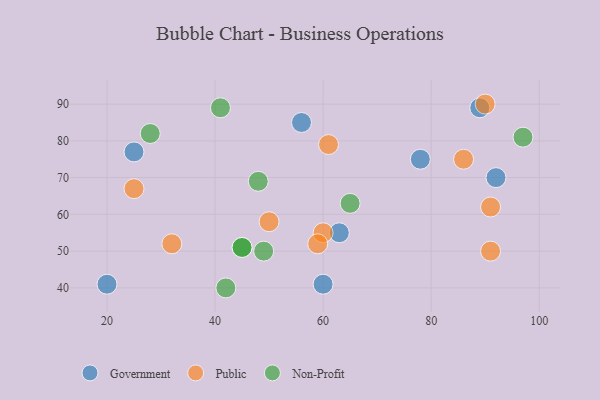
{"axis": {"x": "GDP", "y": "Life Expectancy"}, "legend": ["Government", "Non-Profit", "Public"], "data": [{"x": "63", "y": 55, "type": "Government"}, {"x": "20", "y": 41, "type": "Government"}, {"x": "56", "y": 85, "type": "Government"}, {"x": "92", "y": 70, "type": "Government"}, {"x": "60", "y": 41, "type": "Government"}, {"x": "25", "y": 77, "type": "Government"}, {"x": "78", "y": 75, "type": "Government"}, {"x": "89", "y": 89, "type": "Government"}, {"x": "91", "y": 62, "type": "Public"}, {"x": "50", "y": 58, "type": "Public"}, {"x": "61", "y": 79, "type": "Public"}, {"x": "86", "y": 75, "type": "Public"}, {"x": "60", "y": 55, "type": "Public"}, {"x": "32", "y": 52, "type": "Public"}, {"x": "91", "y": 50, "type": "Public"}, {"x": "25", "y": 67, "type": "Public"}, {"x": "90", "y": 90, "type": "Public"}, {"x": "59", "y": 52, "type": "Public"}, {"x": "49", "y": 50, "type": "Non-Profit"}, {"x": "45", "y": 51, "type": "Non-Profit"}, {"x": "45", "y": 51, "type": "Non-Profit"}, {"x": "97", "y": 81, "type": "Non-Profit"}, {"x": "41", "y": 89, "type": "Non-Profit"}, {"x": "28", "y": 82, "type": "Non-Profit"}, {"x": "42", "y": 40, "type": "Non-Profit"}, {"x": "65", "y": 63, "type": "Non-Profit"}, {"x": "48", "y": 69, "type": "Non-Profit"}]}